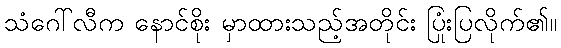
သံဂေါ်လီက နောင်စိုး မှာထားသည့်အတိုင်း ပြုံးပြလိုက်၏။